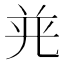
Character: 𭀤